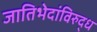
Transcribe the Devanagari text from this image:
जातिभेदांविरुद्ध